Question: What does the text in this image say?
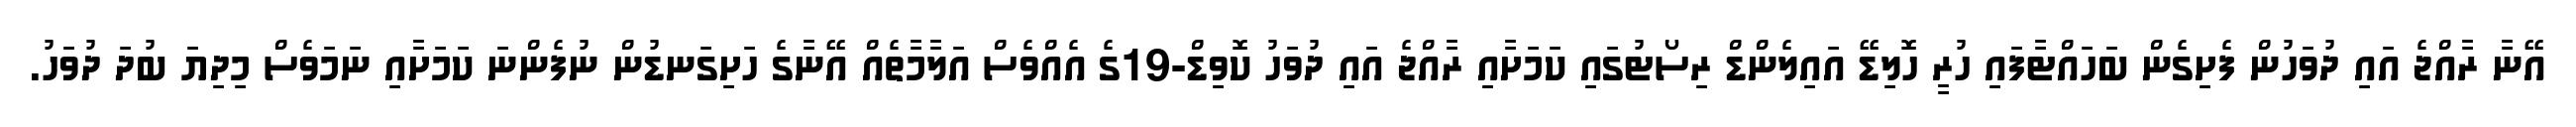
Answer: އޭނާ ރާއްޖެ އައި ދުވަހުން ފެށިގެން ބަހައްޓާފައި ހުރީ ހޮލިޑޭ އައިލެންޑް ރިސޯޓުގައި ކަމަށާއި ރާއްޖެ އައި ދުވަހު ކޮވިޑް-19ގެ އެއްވެސް އަލާމާތެއް އޭނާގެ ހަށިގަނޑުން ނުފެންނަ ކަމަށާއި ނަމަވެސް މިދިޔަ ބުދަ ދުވަހު.